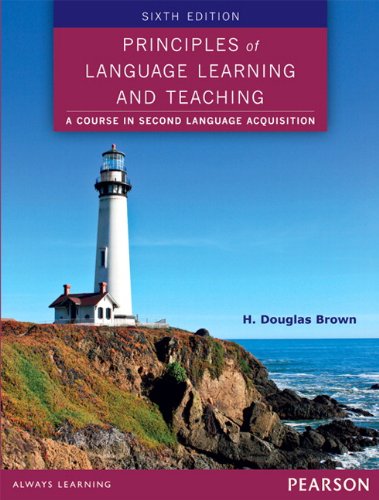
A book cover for Principles of Language Learning and Teaching (6th Edition); H. Douglas Brown; Politics & Social Sciences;